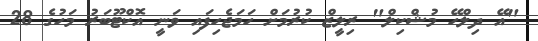
"އޭ ދިލްހޭ މުޝްކިލް" ރިލީޒް ކުރުމަށް ހަމަޖެހިފައި ވަނީ އޮކްޓޫބަރު މަހުގެ 28